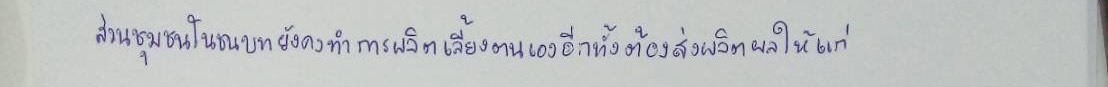
ส่วนชุมชนในชนบทยังคงทำการผลิตเลี้ยงตนเองอีกทั้งต้องส่งผลิตผลให้แก่